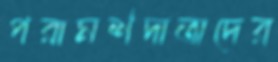
পরামর্শদাতাদের